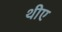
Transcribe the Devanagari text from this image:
थीए